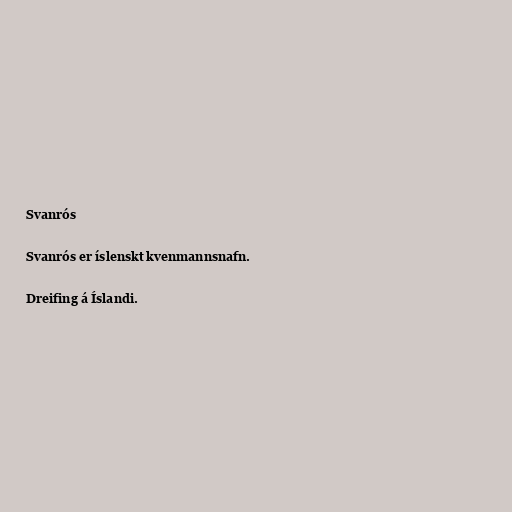
Svanrós

Svanrós er íslenskt kvenmannsnafn.

Dreifing á Íslandi.